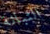
التبانة